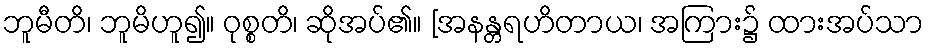
ဘူမီတိ၊ ဘူမိဟူ၍။ ဝုစ္စတိ၊ ဆိုအပ်၏။ [အနန္တရဟိတာယ၊ အကြား၌ ထားအပ်သာ